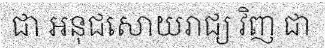
ជា អនុជសោយរាជ្យ វិញ ជា